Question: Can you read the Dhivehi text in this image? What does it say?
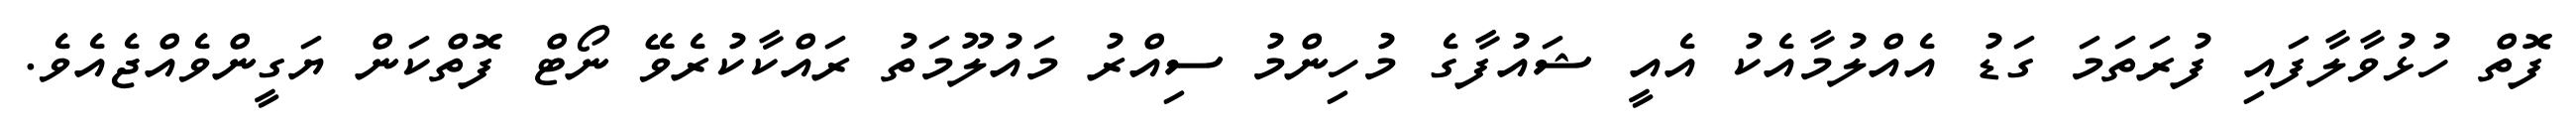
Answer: ފޮތް ހުޅުވާލާފައި ފުރަތަމަ ގަޑު އެއްލުމާއެކު އެއީ ޝައުފާގެ މުހިންމު ސިއްރު މައުލޫމަތު ރައްކާކުރެވޭ ނޯޓް ފޮތްކަން ޔަގީންވެއްޖެއެވެ.